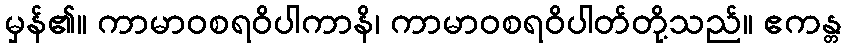
မှန်၏။ ကာမာဝစရဝိပါကာနိ၊ ကာမာဝစရဝိပါတ်တို့သည်။ ဧကန္တ